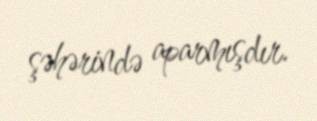
şəhərində aparmışdır.